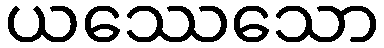
ယဿေသော